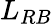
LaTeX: L_{RB}